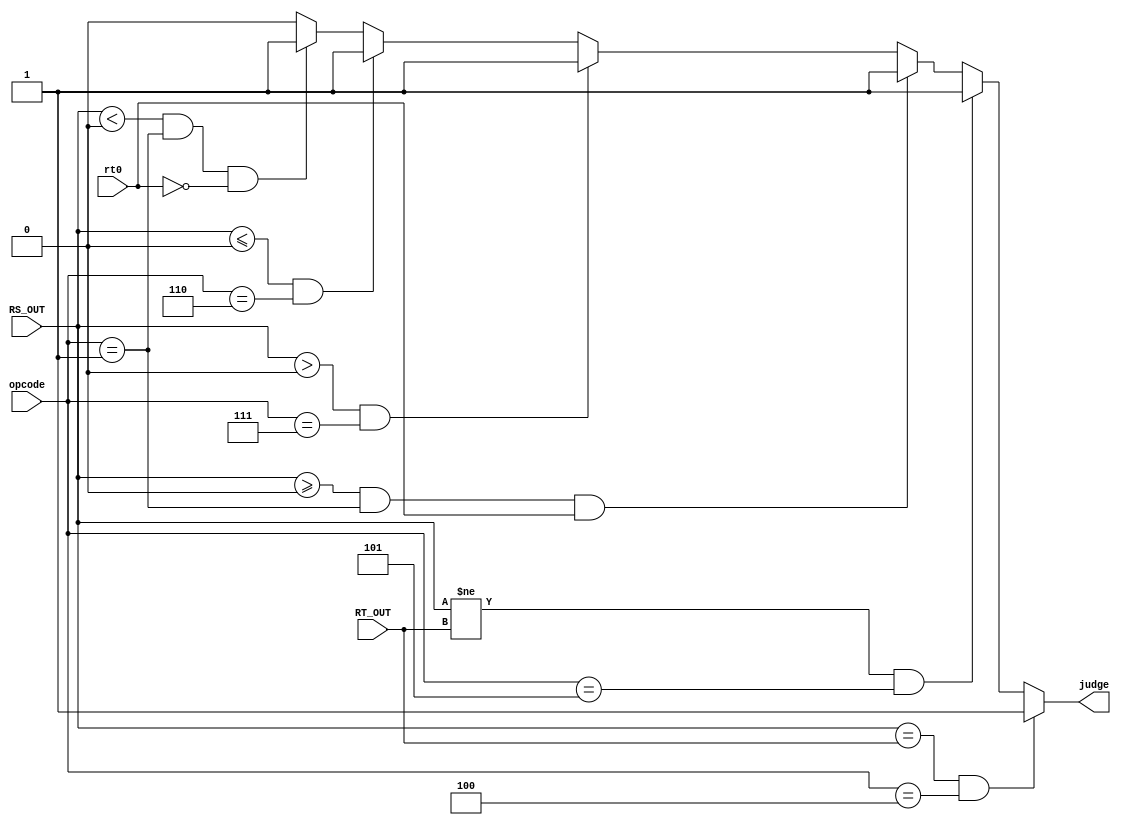
module compare(
    input [31:0] RS_OUT,
    input [31:0] RT_OUT,
    input [5:0] opcode,
	 input rt0,
	 output judge
    );
	 assign judge=(RS_OUT==RT_OUT&&opcode==6'b000100)?1'b1://beq
					  (RS_OUT!=RT_OUT&&opcode==6'b000101)?1'b1://bne
					  ($signed(RS_OUT)>=0&&opcode==6'b000001&&rt0)?1'b1://bgez
					  ($signed(RS_OUT)>0&&opcode==6'b000111)?1'b1://bgtz
					  ($signed(RS_OUT)<=0&&opcode==6'b000110)?1'b1://blez
					  ($signed(RS_OUT)<0&&opcode==6'b000001&&!rt0)?1'b1://bltz
						1'b0;			  

endmodule